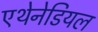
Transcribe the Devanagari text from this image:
एथेनेडियल